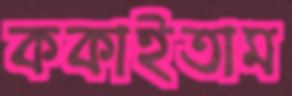
ককাইতাম